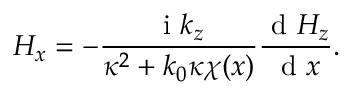
H _ { x } = - \frac { \mathrm { ~ i ~ } k _ { z } } { \kappa ^ { 2 } + k _ { 0 } \kappa \chi ( x ) } \frac { \mathrm { ~ d ~ } H _ { z } } { \mathrm { ~ d ~ } x } .